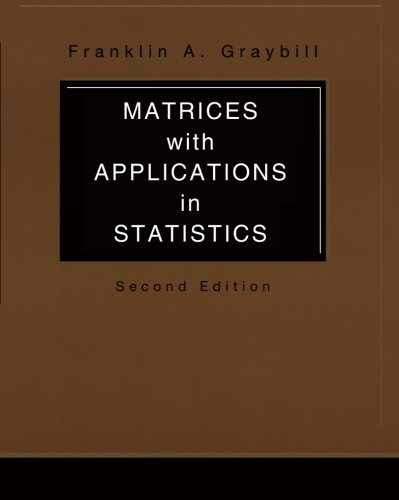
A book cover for Matrices with Applications in Statistics (Duxbury Classic); Franklin A. Graybill; Science & Math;